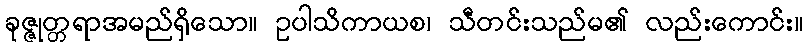
ခုဇ္ဇုတ္တရာအမည်ရှိသော။ ဥပါသိကာယစ၊ သီတင်းသည်မ၏ လည်းကောင်း။